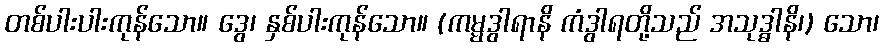
တစ်ပါးပါးကုန်သော။ ဒွေ၊ နှစ်ပါးကုန်သော။ (ကမ္မဒွါရာနိ ကံဒွါရတို့သည် အသုဒ္ဓါနိ၊) သော၊